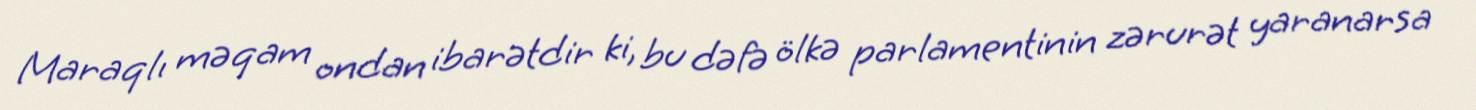
Maraqlı məqam ondan ibarətdir ki, bu dəfə ölkə parlamentinin zərurət yaranarsa